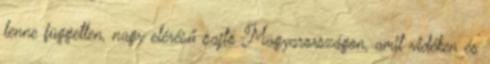
lenne független, nagy elérésű sajtó Magyarországon, amit vidéken és